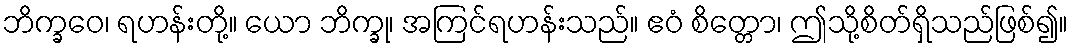
ဘိက္ခဝေ၊ ရဟန်းတို့။ ယော ဘိက္ခု၊ အကြင်ရဟန်းသည်။ ဧဝံ စိတ္တော၊ ဤသို့စိတ်ရှိသည်ဖြစ်၍။